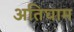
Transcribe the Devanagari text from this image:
अतिघाम